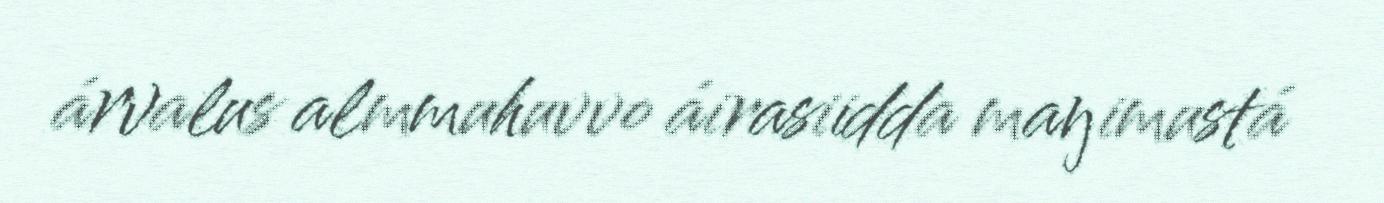
árvalus almmuhuvvo áirasiidda maŋimustá